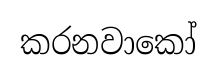
කරනවාකෝ